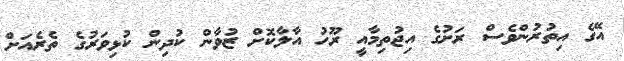
އޭގެ އިތުރުންވެސް ރަށުގެ އިޖުތިމާއީ ރޫހު އާލާކޮށް ޒުވާން ކުދިން ކުޅިވަރުގެ ތެރެއަށް